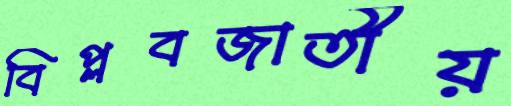
বিপ্লবজাতীয়